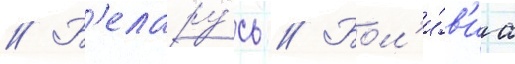
// Б'елару́сь // Бол'и́в'иа